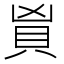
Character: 𬥑